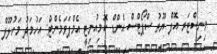
މިނިސްޓަރ އޮފް ޔޫތު ސްޕޯޓްސް އެންޑް ކޮމިއުނިޓީ އެމްޕަވަމެންޓް: އަހުމަދު މަހުލޫފް